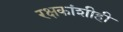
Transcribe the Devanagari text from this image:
रक्षकांशीही